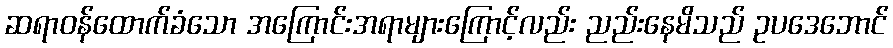
ဆရာဝန်ထောက်ခံသော အကြောင်းအရာများကြောင့်လည်း ညည်းနေမိသည် ဥပဒေဘောင်